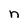
Character: n